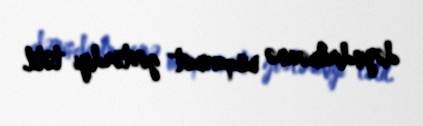
dəyişdirilməsinə müqavimət göstərdiyi tətil.